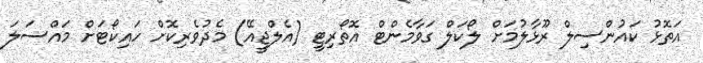
އަތޮޅު ކައުންސިލް ރޫޅާލުމަށް ލޯކަލް ގަވާމެންޓް އޮތޯރިޓީ (އެލްޖީއޭ) މެދުވެރިކޮށް ހައިކޯޓަށް މައްސަލަ